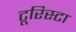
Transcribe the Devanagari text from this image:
टूरिस्टा